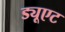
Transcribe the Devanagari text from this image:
ड्यूएट